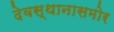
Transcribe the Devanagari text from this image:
देवस्थानासमोर